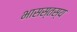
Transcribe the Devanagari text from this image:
भासस्तस्य